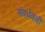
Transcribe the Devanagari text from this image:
संवर्धकही